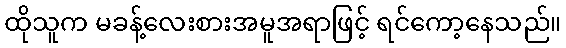
ထိုသူက မခန့်လေးစားအမူအရာဖြင့် ရင်ကော့နေသည်။